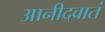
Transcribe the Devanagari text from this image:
आनीदवातं